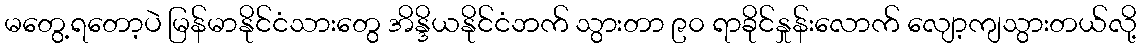
မတွေ့ရတော့ပဲ မြန်မာနိုင်ငံသားတွေ အိန္ဒိယနိုင်ငံဘက် သွားတာ ၉၀ ရာခိုင်နှုန်းလောက် လျော့ကျသွားတယ်လို့